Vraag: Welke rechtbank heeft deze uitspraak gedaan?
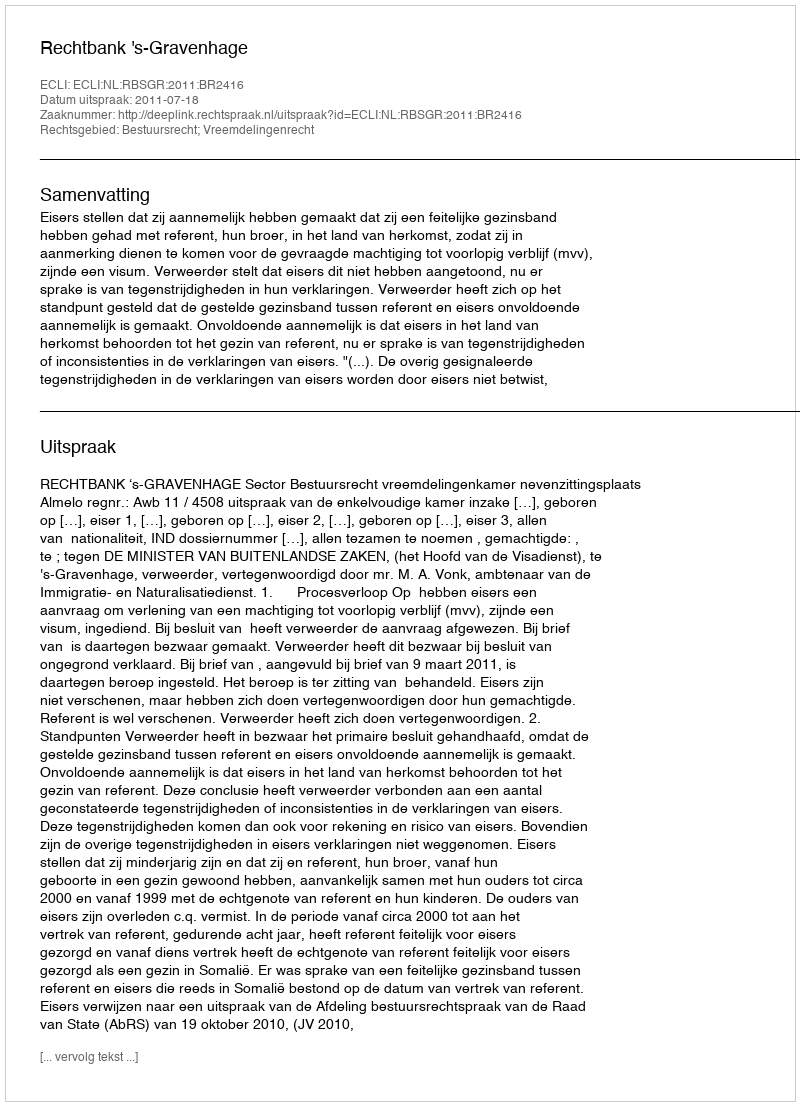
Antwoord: Rechtbank 's-Gravenhage